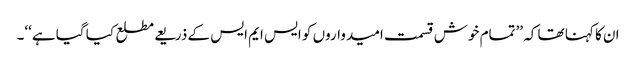
ان کا کہنا تھا کہ ’’تمام خوش قسمت امیدواروں کو ایس ایم ایس کے ذریعے مطلع کیا گیا ہے‘‘۔